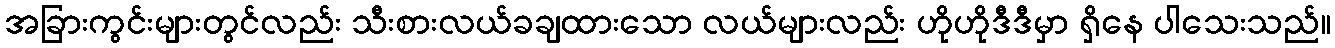
အခြားကွင်းများတွင်လည်း သီးစားလယ်ခချထားသော လယ်များလည်း ဟိုဟိုဒီဒီမှာ ရှိနေ ပါသေးသည်။